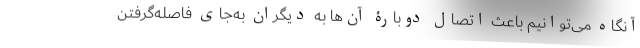
آنگاه می‌توانیم باعث اتصال دوبارۀ آن‌ها به دیگران به‌جای فاصله‌گرفتن